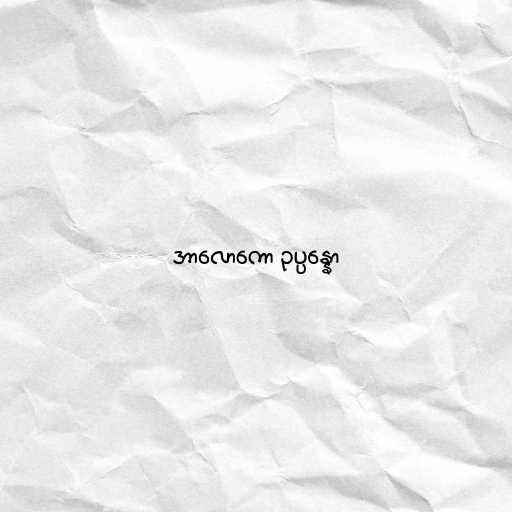
အာလောကော ဥပ္ပန္နော